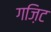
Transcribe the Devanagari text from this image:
गज़िट